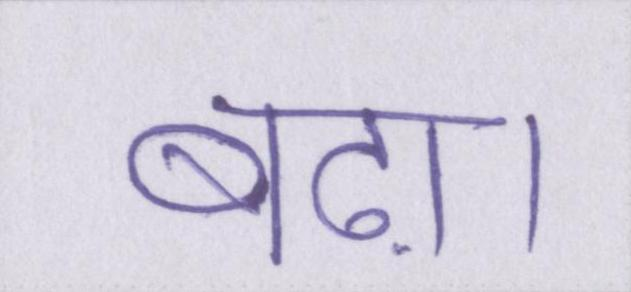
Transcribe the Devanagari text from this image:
बढ़ा।